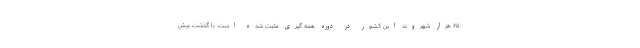
۶۵۰ هزار شهروند این کشور در دوره همه گیری مثبت شده است. با گذشت بیش